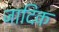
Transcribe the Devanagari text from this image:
जादिक